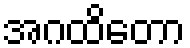
အဂထိတော